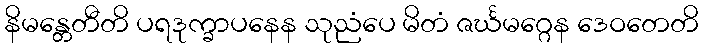
နိမန္တေတီတိ ပရဒုက္ခာပနေန သုညံပေ မိတံ ဇင်္ဃမဂ္ဂေန ဒေဝတေတိ